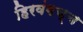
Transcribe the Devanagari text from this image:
हिरवंगच्च